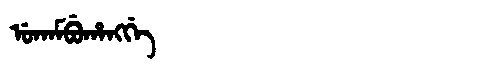
Manchu: ᡠᡴᠠᠮᠪᡠᡥᠠᠩᡤᡝ
Romanization: UKAMBUHANGGE